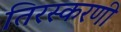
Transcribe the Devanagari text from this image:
तिरस्करणी